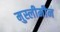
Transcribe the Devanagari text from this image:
मुस्लीमीन